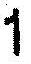
1